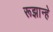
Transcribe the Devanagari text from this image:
रूझान्हे